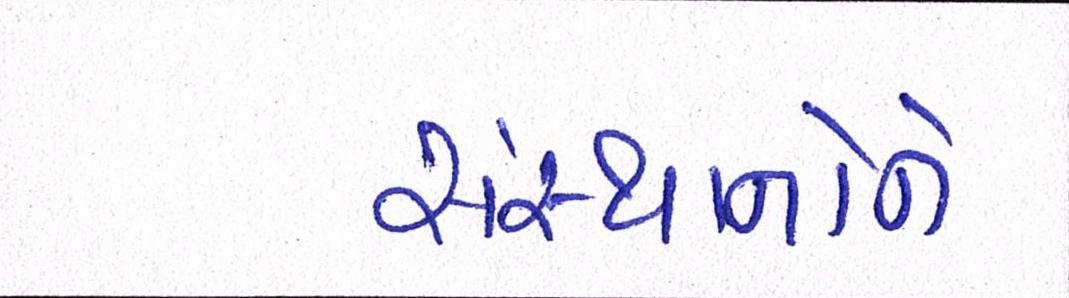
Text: સંસ્થાનોને